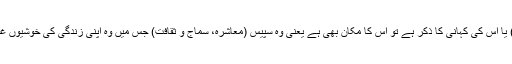
جب کسی انسان (مرد و زن) یا اس کی کہانی کا ذکر ہے تو اس کا مکان بھی ہے یعنی وہ سپیس (معاشرہ، سماج و ثقافت) جس میں وہ اپنی زندگی کی خوشیوں غمیوں کا تجربہ کرتا/تی ہے۔